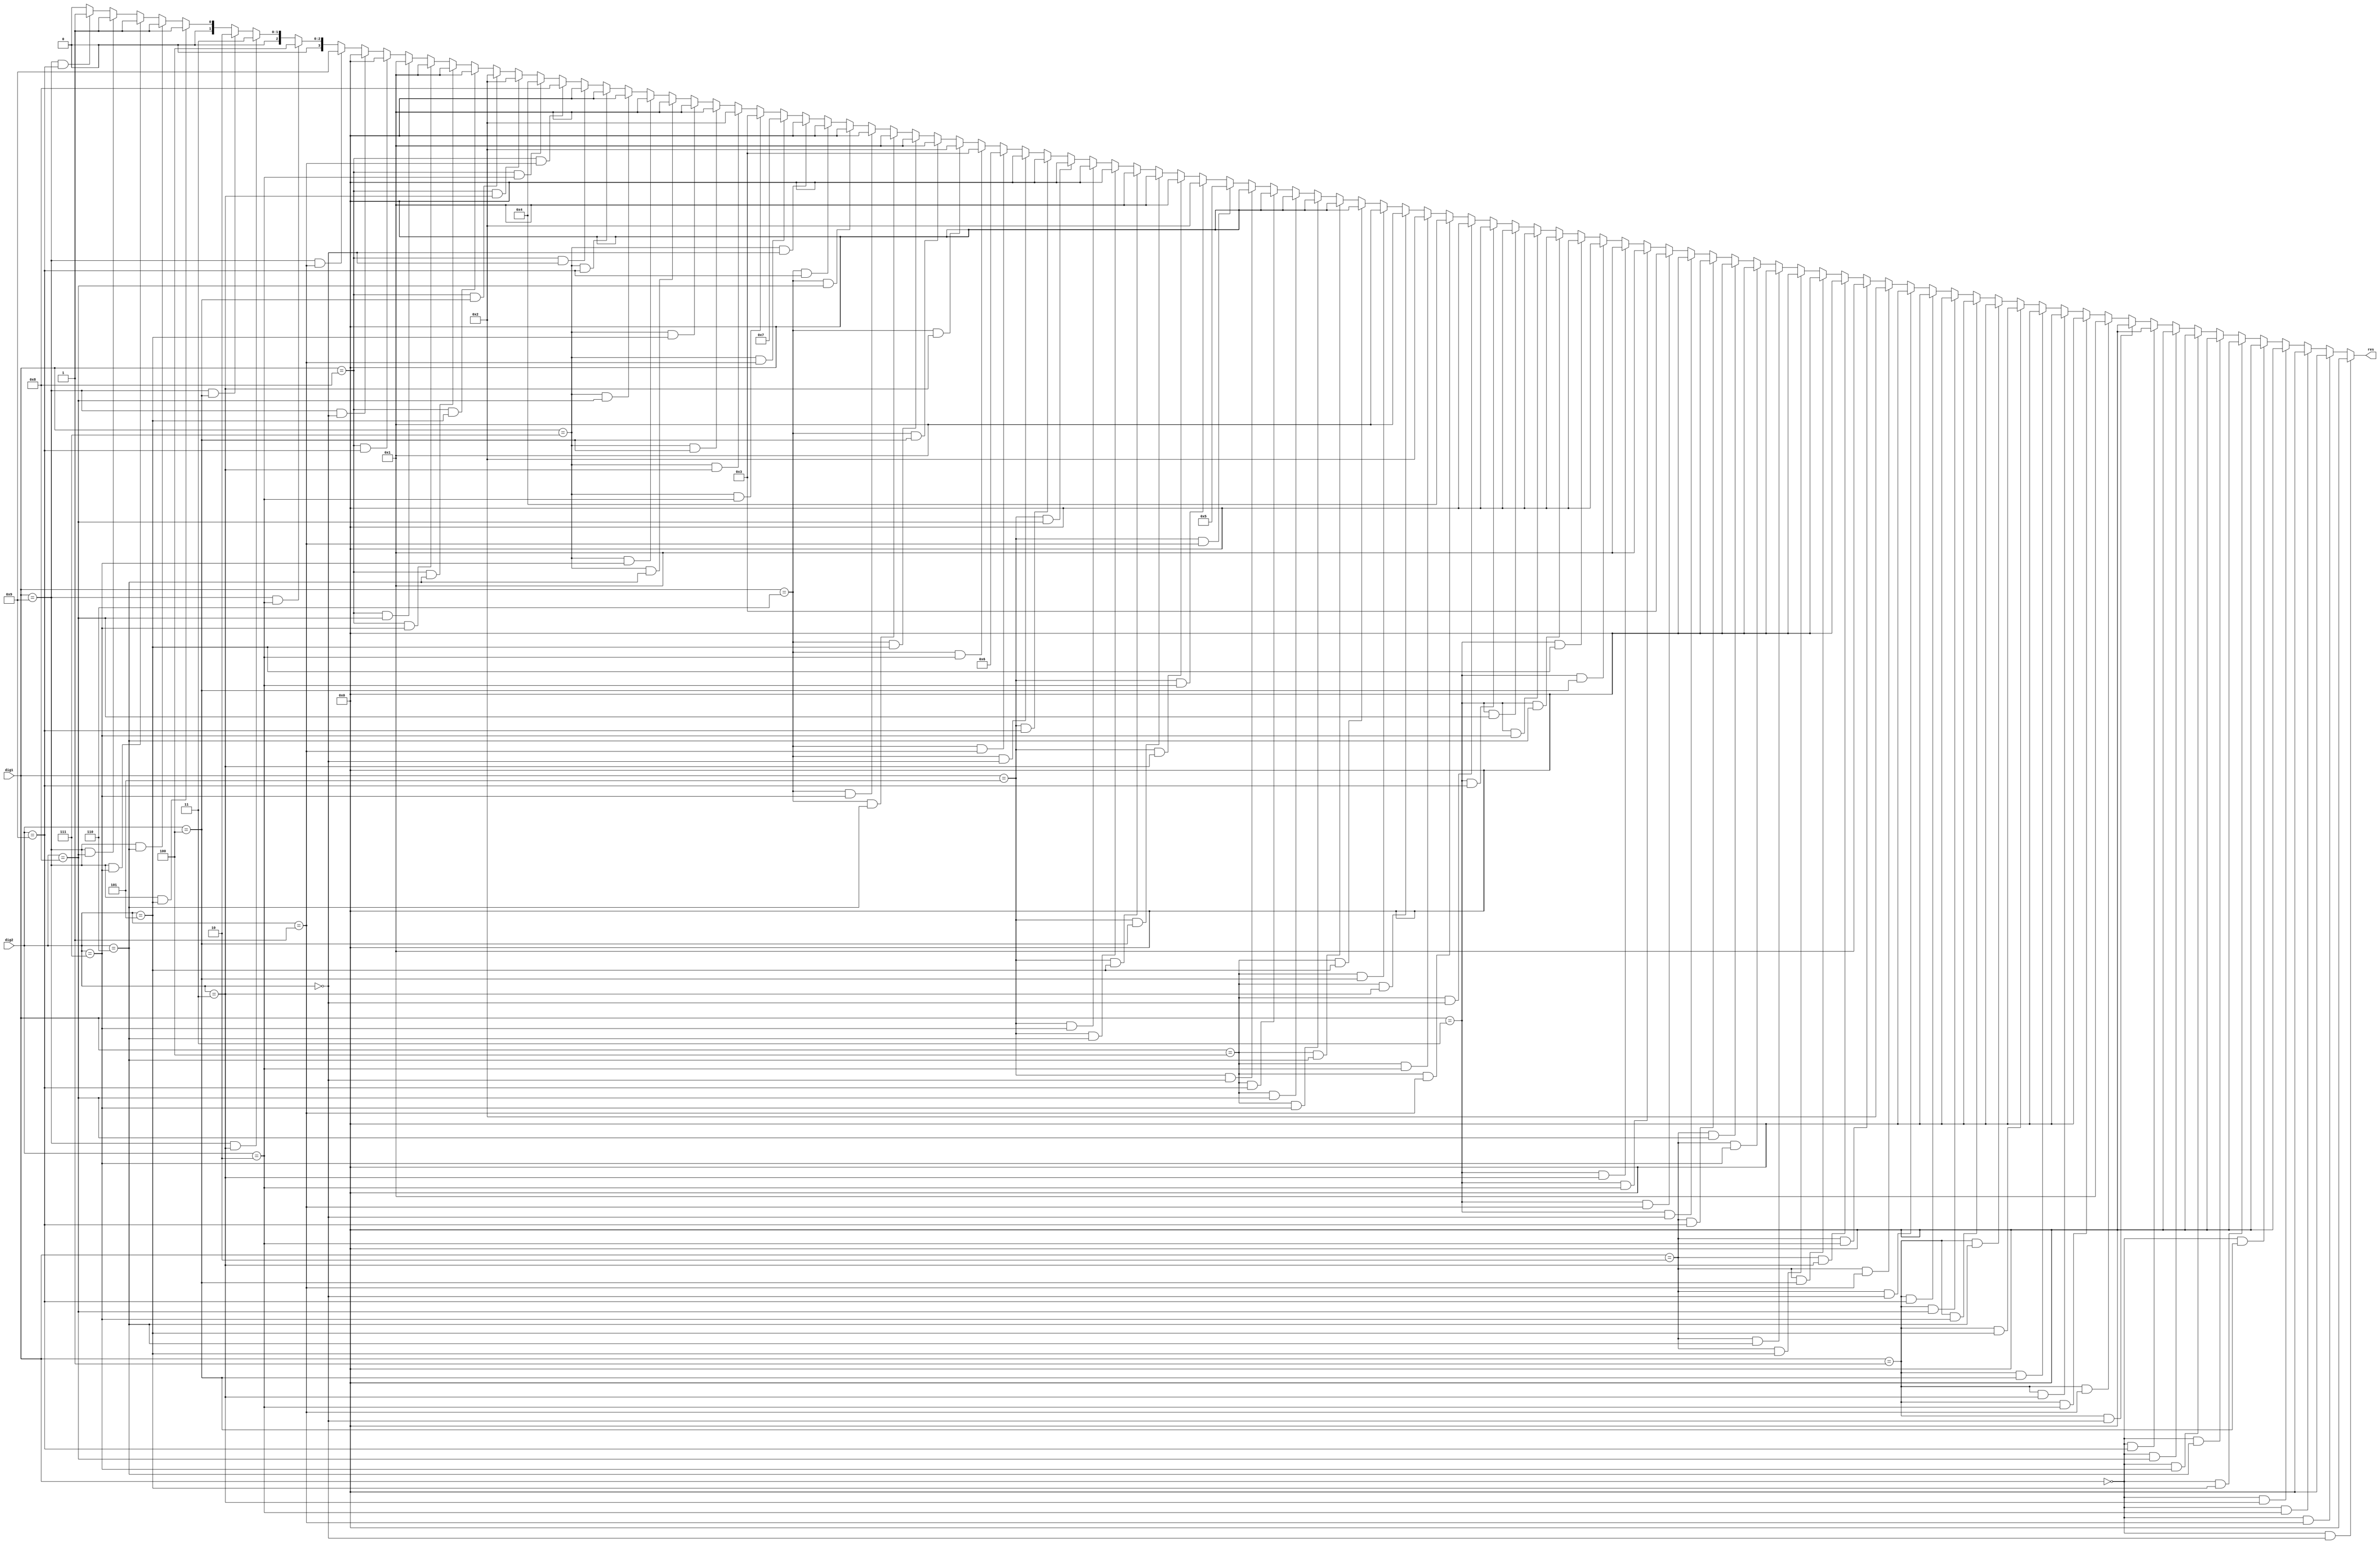

module div (dig1, dig2, res);
  input [3:0] dig1, dig2;
  output [3:0] res;
  assign res = (dig1 == 4'd0 && dig2 == 4'd0) ? 4'd0 :
(dig1 == 4'd0 && dig2 == 4'd1) ? 4'd0 :
(dig1 == 4'd0 && dig2 == 4'd2) ? 4'd0 :
(dig1 == 4'd0 && dig2 == 4'd3) ? 4'd0 :
(dig1 == 4'd0 && dig2 == 4'd4) ? 4'd0 :
(dig1 == 4'd0 && dig2 == 4'd5) ? 4'd0 :
(dig1 == 4'd0 && dig2 == 4'd6) ? 4'd0 :
(dig1 == 4'd0 && dig2 == 4'd7) ? 4'd0 :
(dig1 == 4'd0 && dig2 == 4'd8) ? 4'd0 :
(dig1 == 4'd0 && dig2 == 4'd9) ? 4'd0 :
(dig1 == 4'd1 && dig2 == 4'd0) ? 4'd0 :
(dig1 == 4'd1 && dig2 == 4'd1) ? 4'd1 :
(dig1 == 4'd1 && dig2 == 4'd2) ? 4'd0 :
(dig1 == 4'd1 && dig2 == 4'd3) ? 4'd0 :
(dig1 == 4'd1 && dig2 == 4'd4) ? 4'd0 :
(dig1 == 4'd1 && dig2 == 4'd5) ? 4'd0 :
(dig1 == 4'd1 && dig2 == 4'd6) ? 4'd0 :
(dig1 == 4'd1 && dig2 == 4'd7) ? 4'd0 :
(dig1 == 4'd1 && dig2 == 4'd8) ? 4'd0 :
(dig1 == 4'd1 && dig2 == 4'd9) ? 4'd0 :
(dig1 == 4'd2 && dig2 == 4'd0) ? 4'd0 :
(dig1 == 4'd2 && dig2 == 4'd1) ? 4'd2 :
(dig1 == 4'd2 && dig2 == 4'd2) ? 4'd1 :
(dig1 == 4'd2 && dig2 == 4'd3) ? 4'd0 :
(dig1 == 4'd2 && dig2 == 4'd4) ? 4'd0 :
(dig1 == 4'd2 && dig2 == 4'd5) ? 4'd0 :
(dig1 == 4'd2 && dig2 == 4'd6) ? 4'd0 :
(dig1 == 4'd2 && dig2 == 4'd7) ? 4'd0 :
(dig1 == 4'd2 && dig2 == 4'd8) ? 4'd0 :
(dig1 == 4'd2 && dig2 == 4'd9) ? 4'd0 :
(dig1 == 4'd3 && dig2 == 4'd0) ? 4'd0 :
(dig1 == 4'd3 && dig2 == 4'd1) ? 4'd3 :
(dig1 == 4'd3 && dig2 == 4'd2) ? 4'd1 :
(dig1 == 4'd3 && dig2 == 4'd3) ? 4'd1 :
(dig1 == 4'd3 && dig2 == 4'd4) ? 4'd0 :
(dig1 == 4'd3 && dig2 == 4'd5) ? 4'd0 :
(dig1 == 4'd3 && dig2 == 4'd6) ? 4'd0 :
(dig1 == 4'd3 && dig2 == 4'd7) ? 4'd0 :
(dig1 == 4'd3 && dig2 == 4'd8) ? 4'd0 :
(dig1 == 4'd3 && dig2 == 4'd9) ? 4'd0 :
(dig1 == 4'd4 && dig2 == 4'd0) ? 4'd0 :
(dig1 == 4'd4 && dig2 == 4'd1) ? 4'd4 :
(dig1 == 4'd4 && dig2 == 4'd2) ? 4'd2 :
(dig1 == 4'd4 && dig2 == 4'd3) ? 4'd1 :
(dig1 == 4'd4 && dig2 == 4'd4) ? 4'd1 :
(dig1 == 4'd4 && dig2 == 4'd5) ? 4'd0 :
(dig1 == 4'd4 && dig2 == 4'd6) ? 4'd0 :
(dig1 == 4'd4 && dig2 == 4'd7) ? 4'd0 :
(dig1 == 4'd4 && dig2 == 4'd8) ? 4'd0 :
(dig1 == 4'd4 && dig2 == 4'd9) ? 4'd0 :
(dig1 == 4'd5 && dig2 == 4'd0) ? 4'd0 :
(dig1 == 4'd5 && dig2 == 4'd1) ? 4'd5 :
(dig1 == 4'd5 && dig2 == 4'd2) ? 4'd2 :
(dig1 == 4'd5 && dig2 == 4'd3) ? 4'd1 :
(dig1 == 4'd5 && dig2 == 4'd4) ? 4'd1 :
(dig1 == 4'd5 && dig2 == 4'd5) ? 4'd1 :
(dig1 == 4'd5 && dig2 == 4'd6) ? 4'd0 :
(dig1 == 4'd5 && dig2 == 4'd7) ? 4'd0 :
(dig1 == 4'd5 && dig2 == 4'd8) ? 4'd0 :
(dig1 == 4'd5 && dig2 == 4'd9) ? 4'd0 :
(dig1 == 4'd6 && dig2 == 4'd0) ? 4'd0 :
(dig1 == 4'd6 && dig2 == 4'd1) ? 4'd6 :
(dig1 == 4'd6 && dig2 == 4'd2) ? 4'd3 :
(dig1 == 4'd6 && dig2 == 4'd3) ? 4'd2 :
(dig1 == 4'd6 && dig2 == 4'd4) ? 4'd1 :
(dig1 == 4'd6 && dig2 == 4'd5) ? 4'd1 :
(dig1 == 4'd6 && dig2 == 4'd6) ? 4'd1 :
(dig1 == 4'd6 && dig2 == 4'd7) ? 4'd0 :
(dig1 == 4'd6 && dig2 == 4'd8) ? 4'd0 :
(dig1 == 4'd6 && dig2 == 4'd9) ? 4'd0 :
(dig1 == 4'd7 && dig2 == 4'd0) ? 4'd0 :
(dig1 == 4'd7 && dig2 == 4'd1) ? 4'd7 :
(dig1 == 4'd7 && dig2 == 4'd2) ? 4'd3 :
(dig1 == 4'd7 && dig2 == 4'd3) ? 4'd2 :
(dig1 == 4'd7 && dig2 == 4'd4) ? 4'd1 :
(dig1 == 4'd7 && dig2 == 4'd5) ? 4'd1 :
(dig1 == 4'd7 && dig2 == 4'd6) ? 4'd1 :
(dig1 == 4'd7 && dig2 == 4'd7) ? 4'd1 :
(dig1 == 4'd7 && dig2 == 4'd8) ? 4'd0 :
(dig1 == 4'd7 && dig2 == 4'd9) ? 4'd0 :
(dig1 == 4'd8 && dig2 == 4'd0) ? 4'd0 :
(dig1 == 4'd8 && dig2 == 4'd1) ? 4'd8 :
(dig1 == 4'd8 && dig2 == 4'd2) ? 4'd4 :
(dig1 == 4'd8 && dig2 == 4'd3) ? 4'd2 :
(dig1 == 4'd8 && dig2 == 4'd4) ? 4'd2 :
(dig1 == 4'd8 && dig2 == 4'd5) ? 4'd1 :
(dig1 == 4'd8 && dig2 == 4'd6) ? 4'd1 :
(dig1 == 4'd8 && dig2 == 4'd7) ? 4'd1 :
(dig1 == 4'd8 && dig2 == 4'd8) ? 4'd1 :
(dig1 == 4'd8 && dig2 == 4'd9) ? 4'd0 :
(dig1 == 4'd9 && dig2 == 4'd0) ? 4'd0 :
(dig1 == 4'd9 && dig2 == 4'd1) ? 4'd9 :
(dig1 == 4'd9 && dig2 == 4'd2) ? 4'd4 :
(dig1 == 4'd9 && dig2 == 4'd3) ? 4'd3 :
(dig1 == 4'd9 && dig2 == 4'd4) ? 4'd2 :
(dig1 == 4'd9 && dig2 == 4'd5) ? 4'd1 :
(dig1 == 4'd9 && dig2 == 4'd6) ? 4'd1 :
(dig1 == 4'd9 && dig2 == 4'd7) ? 4'd1 :
(dig1 == 4'd9 && dig2 == 4'd8) ? 4'd1 :
(dig1 == 4'd9 && dig2 == 4'd9) ? 4'd1 :0;
endmodule